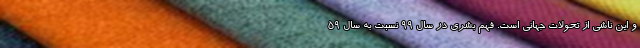
و این ناشی از تحولات جهانی است. فهم بشری در سال 99 نسبت به سال 59